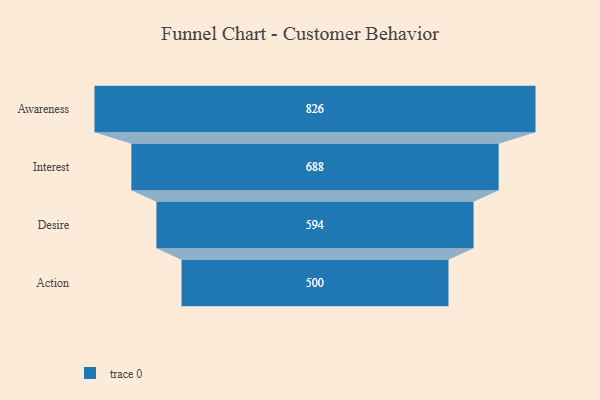
{"axis": {"x": "Stage", "y": "Value"}, "legend": [""], "data": [{"x": "Awareness", "y": 826.0, "type": ""}, {"x": "Interest", "y": 688.0, "type": ""}, {"x": "Desire", "y": 594.0, "type": ""}, {"x": "Action", "y": 500, "type": ""}]}